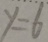
y = 6